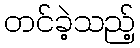
တင်ခဲ့သည့်